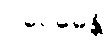
ပဝေဓေန္တိ